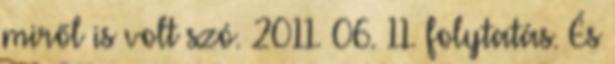
miről is volt szó. 2011. 06. 11. folytatás. És